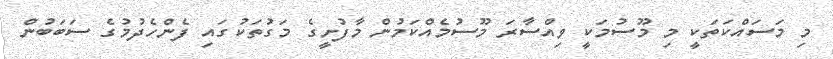
މި މަސައްކަތަކީ މި މޫސުމަކީ ވިއްސާރަ މޫސުމެއްކަމުން މާފުށީގެ މަގުތަކުގައި ފެންހެދުމުގެ ސަބަބުން